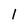
Character: 1